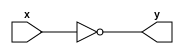
module not_gate(
  input x,
  output y);
  
  assign y=~x;
  
endmodule